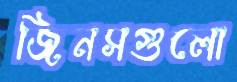
জিনসগুলো